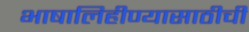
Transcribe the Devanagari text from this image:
भाषालिहीण्यासाठीची